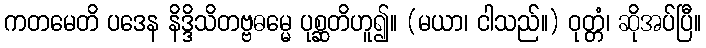
ကတမေတိ ပဒေန နိဒ္ဒိသိတဗ္ဗဓမ္မေ ပုစ္ဆတိဟူ၍။ (မယာ၊ ငါသည်။) ဝုတ္တံ၊ ဆိုအပ်ပြီ။